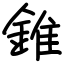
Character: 錐